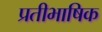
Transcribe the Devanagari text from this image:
प्रतीभाषिक